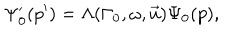
\Psi _ { 0 } ^ { \prime } ( p ^ { \prime } ) = \Lambda ( \Gamma _ { 0 } , \omega , \vec { u } ) \Psi _ { 0 } ( p ) ,